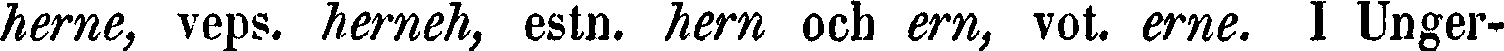
herne, veps. herneh, estn. hern och ern, vot. erne. I Unger-